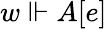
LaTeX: w\Vdash A[e]